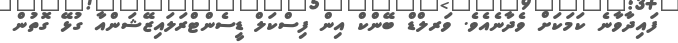
ފައިދާވާނެ ކަމަކަށް ވެދާނެއެވެ. ވަރލްޑް ބޭންކް އިން ފިސްކަލް ޑީސެންޓްރަލައިޒޭޝަންއާ ގުޅޭ ގޮތުން